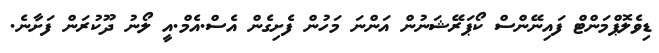
ޑިވެލޮޕްމަންޓް ފައިނޭންސް ކޯޕަރޭޝަނުން އަންނަ މަހުން ފެށިގެން އެސް.އެމް.އީ ލޯނު ދޫކުރަން ފަށާނެ.